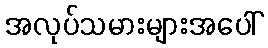
အလုပ်သမားများအပေါ်